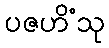
ပဇဟိံသု